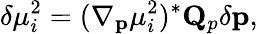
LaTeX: \delta\mu_{i}^{2}=(\nabla_{\mathbf{p}}\mu_{i}^{2})^{*}\mathbf{Q}_{p}\delta\mathbf{p},